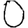
Digit: 0